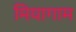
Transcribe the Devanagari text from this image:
मियागाम